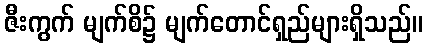
ဇီးကွက် မျက်စိ၌ မျက်တောင်ရှည်များရှိသည်။